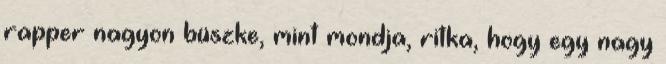
rapper nagyon büszke, mint mondja, ritka, hogy egy nagy